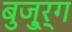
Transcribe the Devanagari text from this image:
बुजु्र्ग